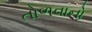
તોળવાનો